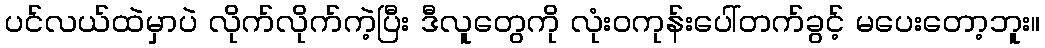
ပင်လယ်ထဲမှာပဲ လိုက်လိုက်ကဲ့ပြီး ဒီလူတွေကို လုံးဝကုန်းပေါ်တက်ခွင့် မပေးတော့ဘူး။